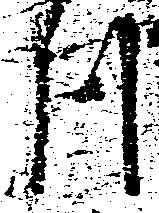
川